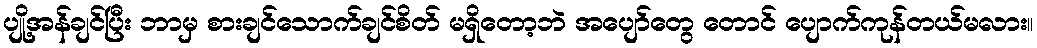
ပျို့အန်ချင်ပြီး ဘာမှ စားချင်သောက်ချင်စိတ် မရှိတော့ဘဲ အပျော်တွေ တောင် ပျောက်ကုန်တယ်မလား။